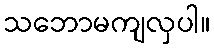
သဘောမကျလှပါ။